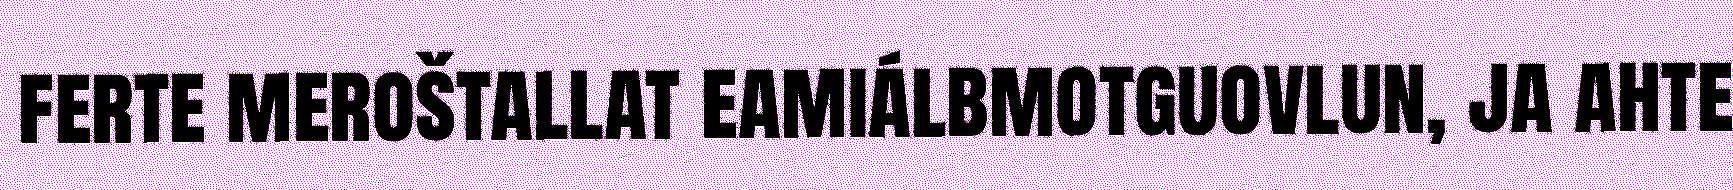
ferte meroštallat eamiálbmotguovlun, ja ahte